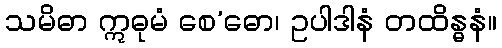
သမိဓာ ဣဓုမံ စေ’ဓော၊ ဥပါဒါနံ တထိန္ဓနံ။